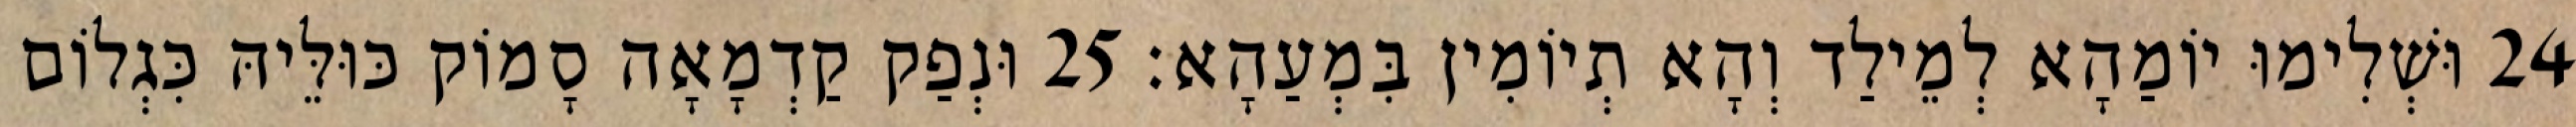
24 וּשְׁלִימוּ יוֹמַהָא לְמֵילַד וְהָא תְיוֹמִין בִּמְעַהָא׃ 25 וּנְפַק קַדְמָאָה סָמוֹק כּוּלֵּיהּ כִּגְלוֹם